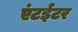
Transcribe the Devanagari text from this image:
एंटईटर